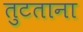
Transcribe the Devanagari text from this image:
तुटताना